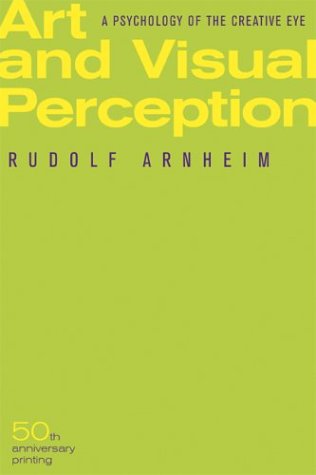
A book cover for Art and Visual Perception: A Psychology of the Creative Eye; Rudolf Arnheim; Health, Fitness & Dieting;